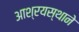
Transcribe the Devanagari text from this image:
आश्रयस्थाने